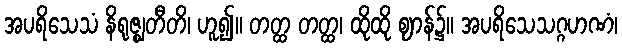
အပရိသေသံ နိရုဇ္ဈတီတိ၊ ဟူ၍။ တတ္ထ တတ္ထ၊ ထိုထို ဈာန်၌။ အပရိသေသဂ္ဂဟဏံ၊